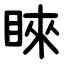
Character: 睞